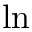
\ln